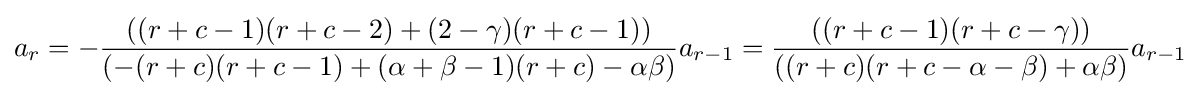
a_{r}=-{\frac {\left((r+c-1)(r+c-2)+(2-\gamma )(r+c-1)\right)}{\left(-(r+c)(r+c-1)+(\alpha +\beta -1)(r+c)-\alpha \beta \right)}}a_{r-1}={\frac {\left((r+c-1)(r+c-\gamma )\right)}{\left((r+c)(r+c-\alpha -\beta )+\alpha \beta \right)}}a_{r-1}